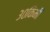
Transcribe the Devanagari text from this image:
३०किमी